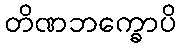
တိဏဘက္ခောပိ